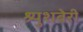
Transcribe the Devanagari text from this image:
श्र्युशबेरी